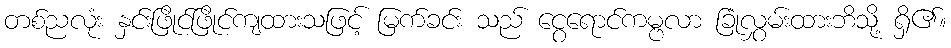
တစ်ညလုံး နှင်းဖြိုင်ဖြိုင်ကျထားသဖြင့် မြက်ခင်း သည် ငွေရောင်ကမ္ဗလာ ခြုံလွှမ်းထားဘိသို့ ရှိ၏။